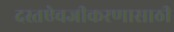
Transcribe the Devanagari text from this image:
दस्तऐवजीकरणासाठी